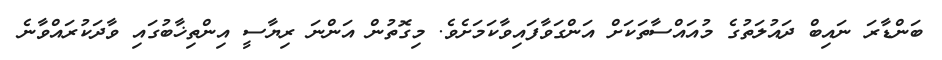
ބަންޑާރަ ނައިބް ދައުލަތުގެ މުއައްސާތަކަށް އަންގަވާފައިވާކަމަށެވެ. މިގޮތުން އަންނަ ރިޔާސީ އިންތިޚާބުގައި ވާދަކުރައްވާނެ